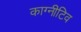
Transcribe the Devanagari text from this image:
काग्नीटिव